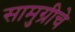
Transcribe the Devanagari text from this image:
सामुग्रीचे